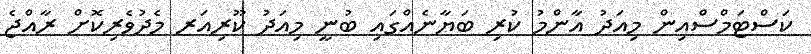
ކަސްޓަމްސްއިން މިއަދު އާންމު ކުރި ބަޔާނެއްގައި ބުނީ މިއަދު ކޫރިއަރ މެދުވެރިކޮށް ރާއްޖެ